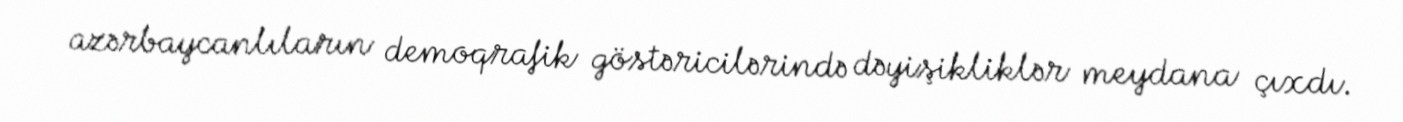
azərbaycanlıların demoqrafik göstəricilərində dəyişikliklər meydana çıxdı.